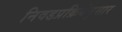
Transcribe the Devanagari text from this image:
निवडप्रक्रियेनुसार